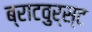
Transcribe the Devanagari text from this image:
ब्राटवुर्स्ट